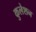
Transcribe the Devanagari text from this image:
कुलेशन